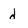
Character: d